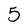
Character: 5